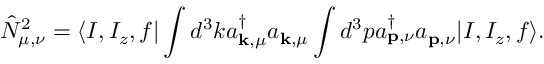
\hat { N } _ { \mu , \nu } ^ { 2 } = \langle I , I _ { z } , f | \int d ^ { 3 } k a _ { { \bf k } , \mu } ^ { \dagger } a _ { { \bf k } , \mu } \int d ^ { 3 } p a _ { { \bf p } , \nu } ^ { \dagger } a _ { { \bf p } , \nu } | I , I _ { z } , f \rangle .